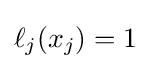
{\textstyle \ell _{j}(x_{j})=1}